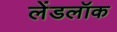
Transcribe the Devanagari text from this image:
लेंडलॉक